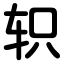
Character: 轵